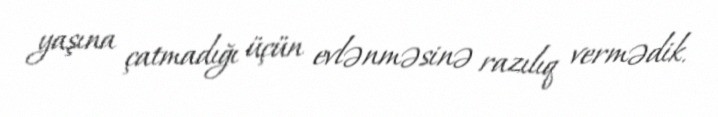
yaşına çatmadığı üçün evlənməsinə razılıq vermədik.